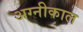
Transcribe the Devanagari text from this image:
अग्नीकाल